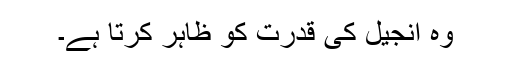
وہ انجیل کی قدرت کو ظاہر کرتا ہے۔